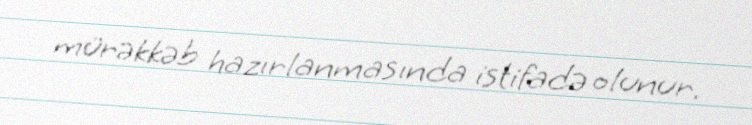
mürəkkəb hazırlanmasında istifadə olunur.